Annual statistical returns and brief notes on vaccination in Bengal - 1896-1909
Year: 1896
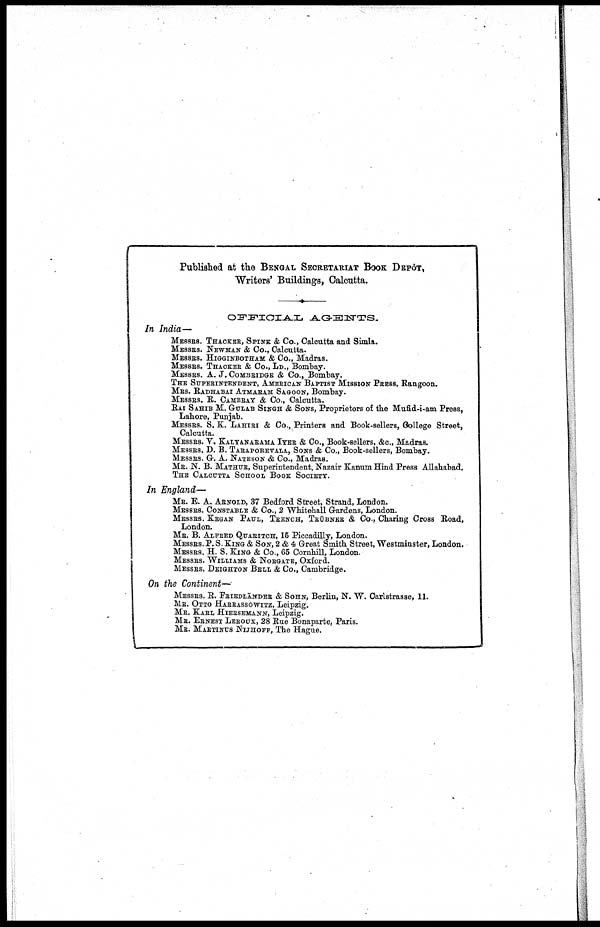
Published at the BENGAL SECRETARIAT BOOK DEPÔT,
Writers' Buildings, Calcutta.
OFFICIAL AGENTS.
In India—
MESSRS. THACKER, SPINK & Co., Calcutta and Simla.
MESSRS. NEWMAN & Co., Calcutta.
MESSRS. HIGGINBOTHAM & Co., Madras.
MESSRS. THACKER & Co., LD., Bombay.
MESSRS. A. J. COMBRIDGE & Co., Bombay.
THE SUPERINTENDENT, AMERICAN BAPTIST MISSION PRESS, Rangoon.
MRS. RADHABAI ATMARAM SAGOON, Bombay.
MESSRS. R. CAMBRAY & Co., Calcutta.
RAI SAHIB M. GULAB SINGH & SONS, Proprietors of the Mufid-i-am Press,
Lahore, Punjab.
MESSRS. S. K. LAHIRI & Co., Printers and Book-sellers, College Street,
Calcutta.
MESSRS. V. KALYANARAMA IYER & Co., Book-sellers, &c., Madras.
MESSRS. D. B. TARAPOREVALA, SONS & Co., Book-sellers, Bombay.
MESSRS. G. A. NATESON & Co., Madras.
MR. N. B. MATHUR, Superintendent, Nazair Kanum Hind Press Allahabad.
THE CALCUTTA SCHOOL BOOK SOCIETY.
In England—
MR. E. A. ARNOLD, 37 Bedford Street, Strand, London.
MESSRS. CONSTABLE & Co., 2 Whitehall Gardens, London.
MESSRS. KEGAN PAUL, TRENCH, TRÜBNER & Co., Charing Cross Road,
London.
MR. B. ALFRED QUARITCH, 15 Piccadilly, London.
MESSRS. P. S. KING & SON, 2 & 4 Great Smith Street, Westminster, London.
MESSRS. H. S. KING & Co., 65 Cornhill, London.
MESSRS. WILLIAMS & NORGATE, Oxford.
MESSRS. DEIGHTON BELL & Co., Cambridge.
On the Continent—
MESSRS. R. FRIEDLÄNDER & SOHN, Berlin, N. W. Carlstrasse, 11.
MR. OTTO HARRASSOWITZ, Leipzig.
MR. KARL HIERSEMANN, Leipzig.
MR. ERNEST LEROUX, 28 Rue Bonaparte, Paris.
MR. MARTINUS NIJHOFF, The Hague.